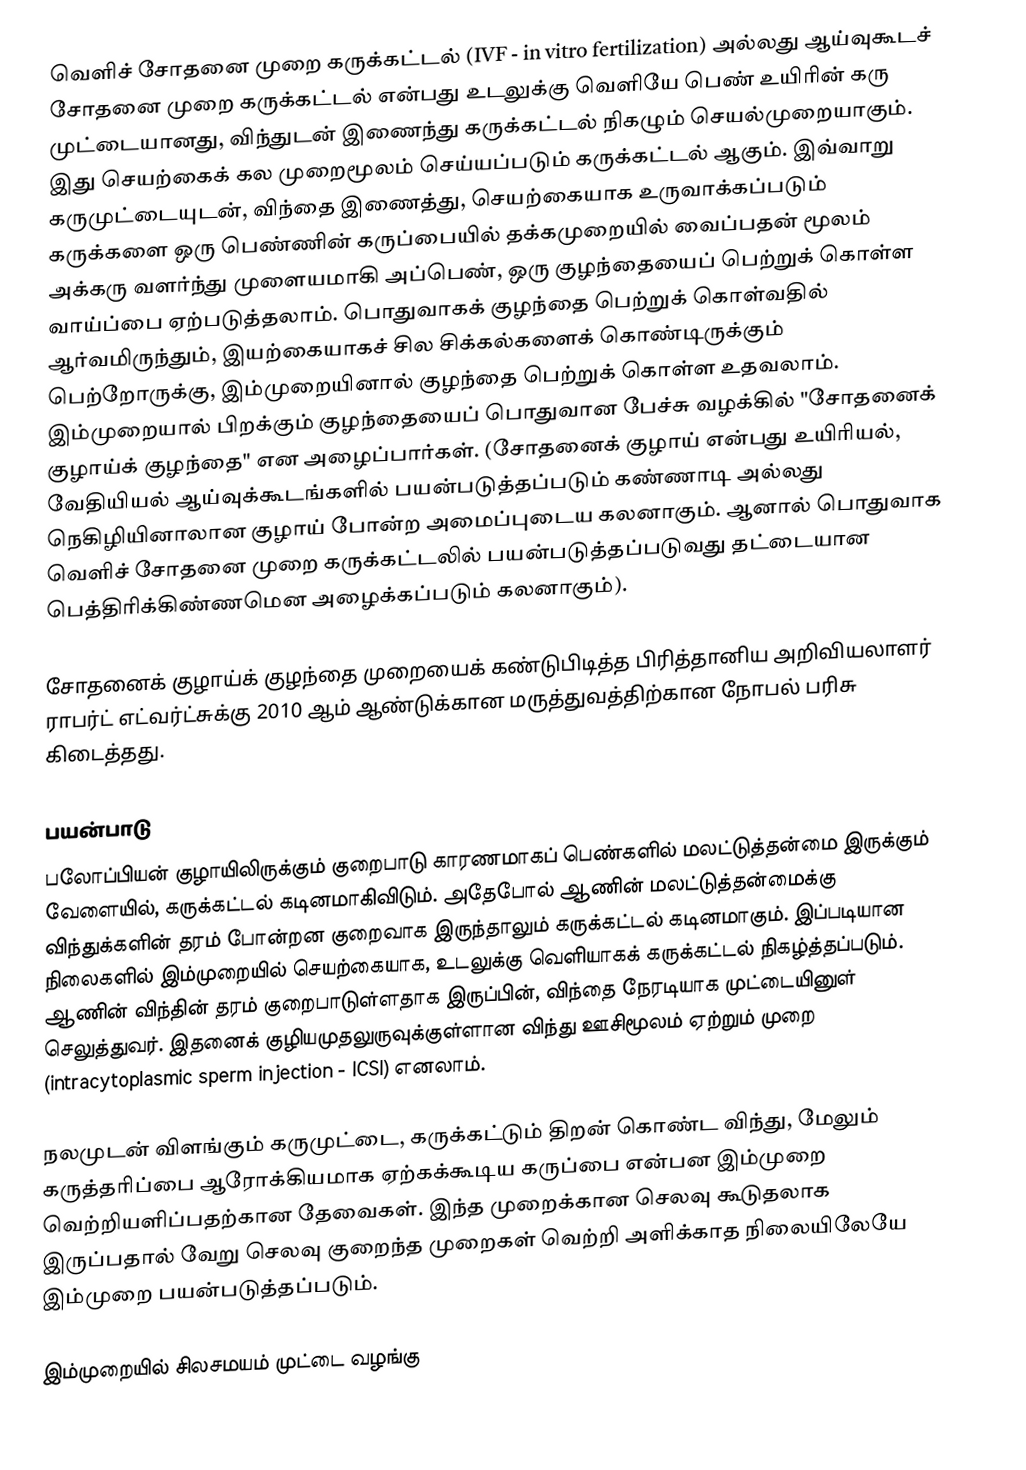
வெளிச் சோதனை முறை கருக்கட்டல் (IVF - in vitro fertilization) அல்லது ஆய்வுகூடச் சோதனை முறை கருக்கட்டல் என்பது உடலுக்கு வெளியே பெண் உயிரின் கரு முட்டையானது, விந்துடன் இணைந்து கருக்கட்டல் நிகழும் செயல்முறையாகும். இது செயற்கைக் கல முறைமூலம் செய்யப்படும் கருக்கட்டல் ஆகும். இவ்வாறு கருமுட்டையுடன், விந்தை இணைத்து, செயற்கையாக உருவாக்கப்படும் கருக்களை ஒரு பெண்ணின் கருப்பையில் தக்கமுறையில் வைப்பதன் மூலம் அக்கரு வளர்ந்து முளையமாகி அப்பெண், ஒரு குழந்தையைப் பெற்றுக் கொள்ள வாய்ப்பை ஏற்படுத்தலாம். பொதுவாகக் குழந்தை பெற்றுக் கொள்வதில் ஆர்வமிருந்தும், இயற்கையாகச் சில சிக்கல்களைக் கொண்டிருக்கும் பெற்றோருக்கு, இம்முறையினால் குழந்தை பெற்றுக் கொள்ள உதவலாம். இம்முறையால் பிறக்கும் குழந்தையைப் பொதுவான பேச்சு வழக்கில் "சோதனைக் குழாய்க் குழந்தை" என அழைப்பார்கள். (சோதனைக் குழாய் என்பது உயிரியல், வேதியியல் ஆய்வுக்கூடங்களில் பயன்படுத்தப்படும் கண்ணாடி அல்லது நெகிழியினாலான குழாய் போன்ற அமைப்புடைய கலனாகும். ஆனால் பொதுவாக வெளிச் சோதனை முறை கருக்கட்டலில் பயன்படுத்தப்படுவது தட்டையான பெத்திரிக்கிண்ணமென அழைக்கப்படும் கலனாகும்).

சோதனைக் குழாய்க் குழந்தை முறையைக் கண்டுபிடித்த பிரித்தானிய அறிவியலாளர் ராபர்ட் எட்வர்ட்சுக்கு 2010 ஆம் ஆண்டுக்கான மருத்துவத்திற்கான நோபல் பரிசு கிடைத்தது.

பயன்பாடு
பலோப்பியன் குழாயிலிருக்கும் குறைபாடு காரணமாகப் பெண்களில் மலட்டுத்தன்மை இருக்கும் வேளையில், கருக்கட்டல் கடினமாகிவிடும். அதேபோல் ஆணின் மலட்டுத்தன்மைக்கு விந்துக்களின் தரம் போன்றன குறைவாக இருந்தாலும் கருக்கட்டல் கடினமாகும். இப்படியான நிலைகளில் இம்முறையில் செயற்கையாக, உடலுக்கு வெளியாகக் கருக்கட்டல் நிகழ்த்தப்படும். ஆணின் விந்தின் தரம் குறைபாடுள்ளதாக இருப்பின், விந்தை நேரடியாக முட்டையினுள் செலுத்துவர். இதனைக் குழியமுதலுருவுக்குள்ளான விந்து ஊசிமூலம் ஏற்றும் முறை (intracytoplasmic sperm injection - ICSI) எனலாம்.

நலமுடன் விளங்கும் கருமுட்டை, கருக்கட்டும் திறன் கொண்ட விந்து, மேலும் கருத்தரிப்பை ஆரோக்கியமாக ஏற்கக்கூடிய கருப்பை என்பன இம்முறை வெற்றியளிப்பதற்கான தேவைகள். இந்த முறைக்கான செலவு கூடுதலாக இருப்பதால் வேறு செலவு குறைந்த முறைகள் வெற்றி அளிக்காத நிலையிலேயே இம்முறை பயன்படுத்தப்படும்.

இம்முறையில் சிலசமயம் முட்டை வழங்கு